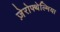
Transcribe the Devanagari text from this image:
ज़ेरोफ्थेल्मिया